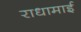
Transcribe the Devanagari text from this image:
राधामाई